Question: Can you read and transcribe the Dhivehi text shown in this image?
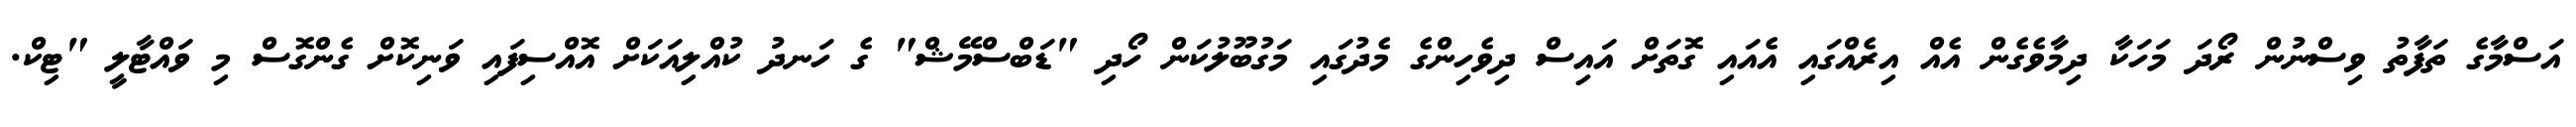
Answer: އަސްމާގެ ތަފާތު ވިސްނުން ރޯދަ މަހަކާ ދިމާވެގެން އެއް އިރެއްގައި އެއައި ގޮތަށް އައިސް ދިވެހިންގެ މެދުގައި މަގުބޫލުކަން ހޯދި "ޑަބްސްމޭޝް" ގެ ހަނދު ކުއްލިއަކަށް އޮއްސިފައި ވަނިކޮށް ގެންގޮސް މި ވައްޓާލީ "ޓިކް.